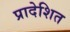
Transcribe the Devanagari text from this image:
प्रादेशित